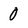
Character: 0